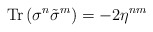
\begin{align*}{\rm Tr}\,(\sigma^n\tilde\sigma^m)=-2\eta^{nm}\end{align*}